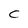
Character: C